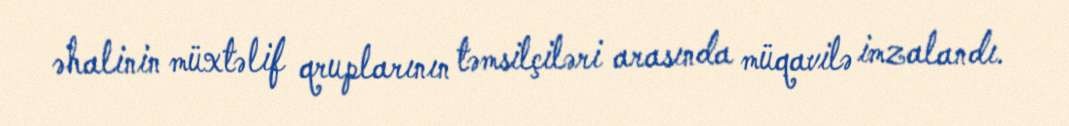
əhalinin müxtəlif qruplarının təmsilçiləri arasında müqavilə imzalandı.